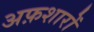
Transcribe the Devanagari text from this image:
अफ़शारों